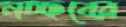
মচ্ছবের